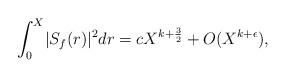
LaTeX: \begin{align*} \int_0^X \lvert S_f(r) \rvert^2 dr = c X^{k + \frac{3}{2}} + O(X^{k + \epsilon}),\end{align*}